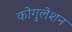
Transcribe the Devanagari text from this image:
कोगुलेशन